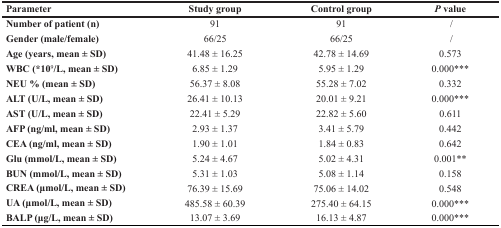
| Parameter | Study group | Control group | P value |
 | --- | --- | --- | --- |
 | Number of patient (n) | 91 | 91 | / |
 | Gender (male/female) | 66/25 | 66/25 | / |
 | Age (years, mean ± SD) | 41.48 ± 16.25 | 42.78 ± 14.69 | 0.573 |
 | WBC (*109/L, mean ± SD) | 6.85 ± 1.29 | 5.95 ± 1.29 | 0.000*** |
 | NEU % (mean ± SD) | 56.37 ± 8.08 | 55.28 ± 7.02 | 0.332 |
 | ALT (U/L, mean ± SD) | 26.41 ± 10.13 | 20.01 ± 9.21 | 0.000*** |
 | AST (U/L, mean ± SD) | 22.41 ± 5.29 | 22.82 ± 5.60 | 0.611 |
 | AFP (ng/ml, mean ± SD) | 2.93 ± 1.37 | 3.41 ± 5.79 | 0.442 |
 | CEA (ng/ml, mean ± SD) | 1.90 ± 1.01 | 1.84 ± 0.83 | 0.642 |
 | Glu (mmol/L, mean ± SD) | 5.24 ± 4.67 | 5.02 ± 4.31 | 0.001** |
 | BUN (mmol/L, mean ± SD) | 5.31 ± 1.03 | 5.08 ± 1.14 | 0.158 |
 | CREA (μmol/L, mean ± SD) | 76.39 ± 15.69 | 75.06 ± 14.02 | 0.548 |
 | UA (μmol/L, mean ± SD) | 485.58 ± 60.39 | 275.40 ± 64.15 | 0.000*** |
 | BALP (μg/L, mean ± SD) | 13.07 ± 3.69 | 16.13 ± 4.87 | 0.000*** |